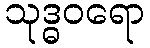
သုဒ္ဓဝရော